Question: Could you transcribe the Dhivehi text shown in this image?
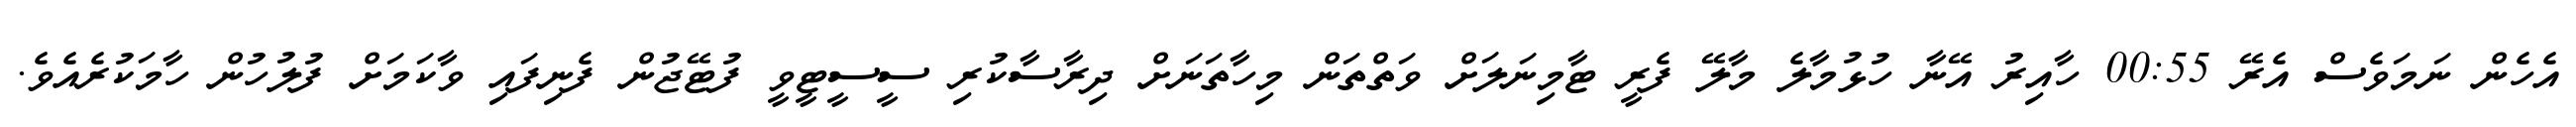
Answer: އެހެން ނަމަވެސް އެރޭ 00:55 ހާއިރު އޭނާ ހުޅުމާލެ މާލޭ ފެރީ ޓާމިނަލަށް ވަތްތަން މިހާތަނަށް ދިރާސާކުރި ސީސީޓީވީ ފުޓޭޖުން ފެނިފައި ވާކަމަށް ފުލުހުން ހާމަކުރެއެވެ.